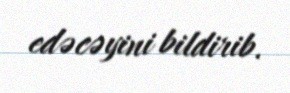
edəcəyini bildirib.